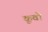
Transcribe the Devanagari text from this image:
कूवो